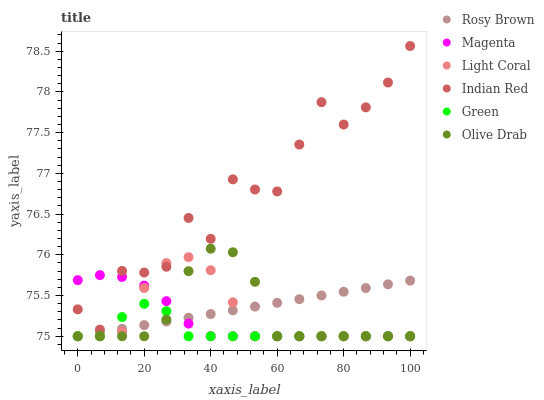
| xaxis_label | Rosy Brown | Magenta | Light Coral | Indian Red | Green | Olive Drab |
 | --- | --- | --- | --- | --- | --- | --- |
 | 0 | 75 | 75.7 | 75 | 75.3 | 75 | 75 |
 | 6.67 | 75 | 75.8 | 75 | 75.1 | 75 | 75 |
 | 13.3 | 75.1 | 75.7 | 75.1 | 75.8 | 75.2 | 75 |
 | 20 | 75.1 | 75.6 | 75.6 | 75.8 | 75.4 | 75 |
 | 26.7 | 75.2 | 75.4 | 75.9 | 75.9 | 75.3 | 75.2 |
 | 33.3 | 75.2 | 75.2 | 76 | 76.5 | 75 | 75.8 |
 | 40 | 75.3 | 75 | 75.8 | 76.2 | 75 | 76.1 |
 | 46.7 | 75.3 | 75 | 75.4 | 76.9 | 75 | 76 |
 | 53.3 | 75.4 | 75 | 75 | 76.8 | 75 | 75.7 |
 | 60 | 75.4 | 75 | 75 | 76.8 | 75 | 75 |
 | 66.7 | 75.5 | 75 | 75 | 77.4 | 75 | 75 |
 | 73.3 | 75.5 | 75 | 75 | 77.9 | 75 | 75 |
 | 80 | 75.5 | 75 | 75 | 77.6 | 75 | 75 |
 | 86.7 | 75.6 | 75 | 75 | 77.8 | 75 | 75 |
 | 93.3 | 75.6 | 75 | 75 | 78.1 | 75 | 75 |
 | 100 | 75.7 | 75 | 75 | 78.6 | 75 | 75 |